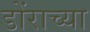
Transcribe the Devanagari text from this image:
डोंराच्या